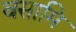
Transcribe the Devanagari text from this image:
वसामि